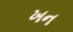
ખન